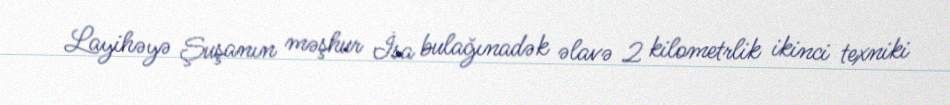
Layihəyə Şuşanın məşhur İsa bulağınadək əlavə 2 kilometrlik ikinci texniki